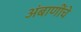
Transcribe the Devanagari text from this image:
अंबाणींचे